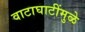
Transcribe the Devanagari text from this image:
वाटाघाटींमुळे